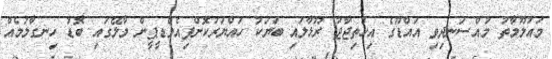
މައުލޫމާތު މުއްސަނދިވި އައްޑޫގެ އިހުތިޖާޖު ރޫޅާލައި ބަޔަކު ހައްޔަރުކޮށްފިއެމްޑީޕީން މާލޭގައި ބޮޑު ހިނގާލުމެއް